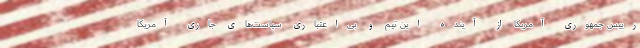
رییس جمهوری آمریکا از آینده این تیم و بی‌اعتباری سیاست‌های جاری آمریکا